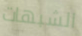
الشبهات